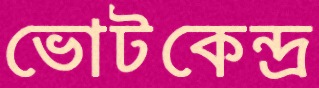
ভোটকেন্দ্র